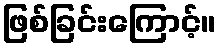
ဖြစ်ခြင်းကြောင့်။